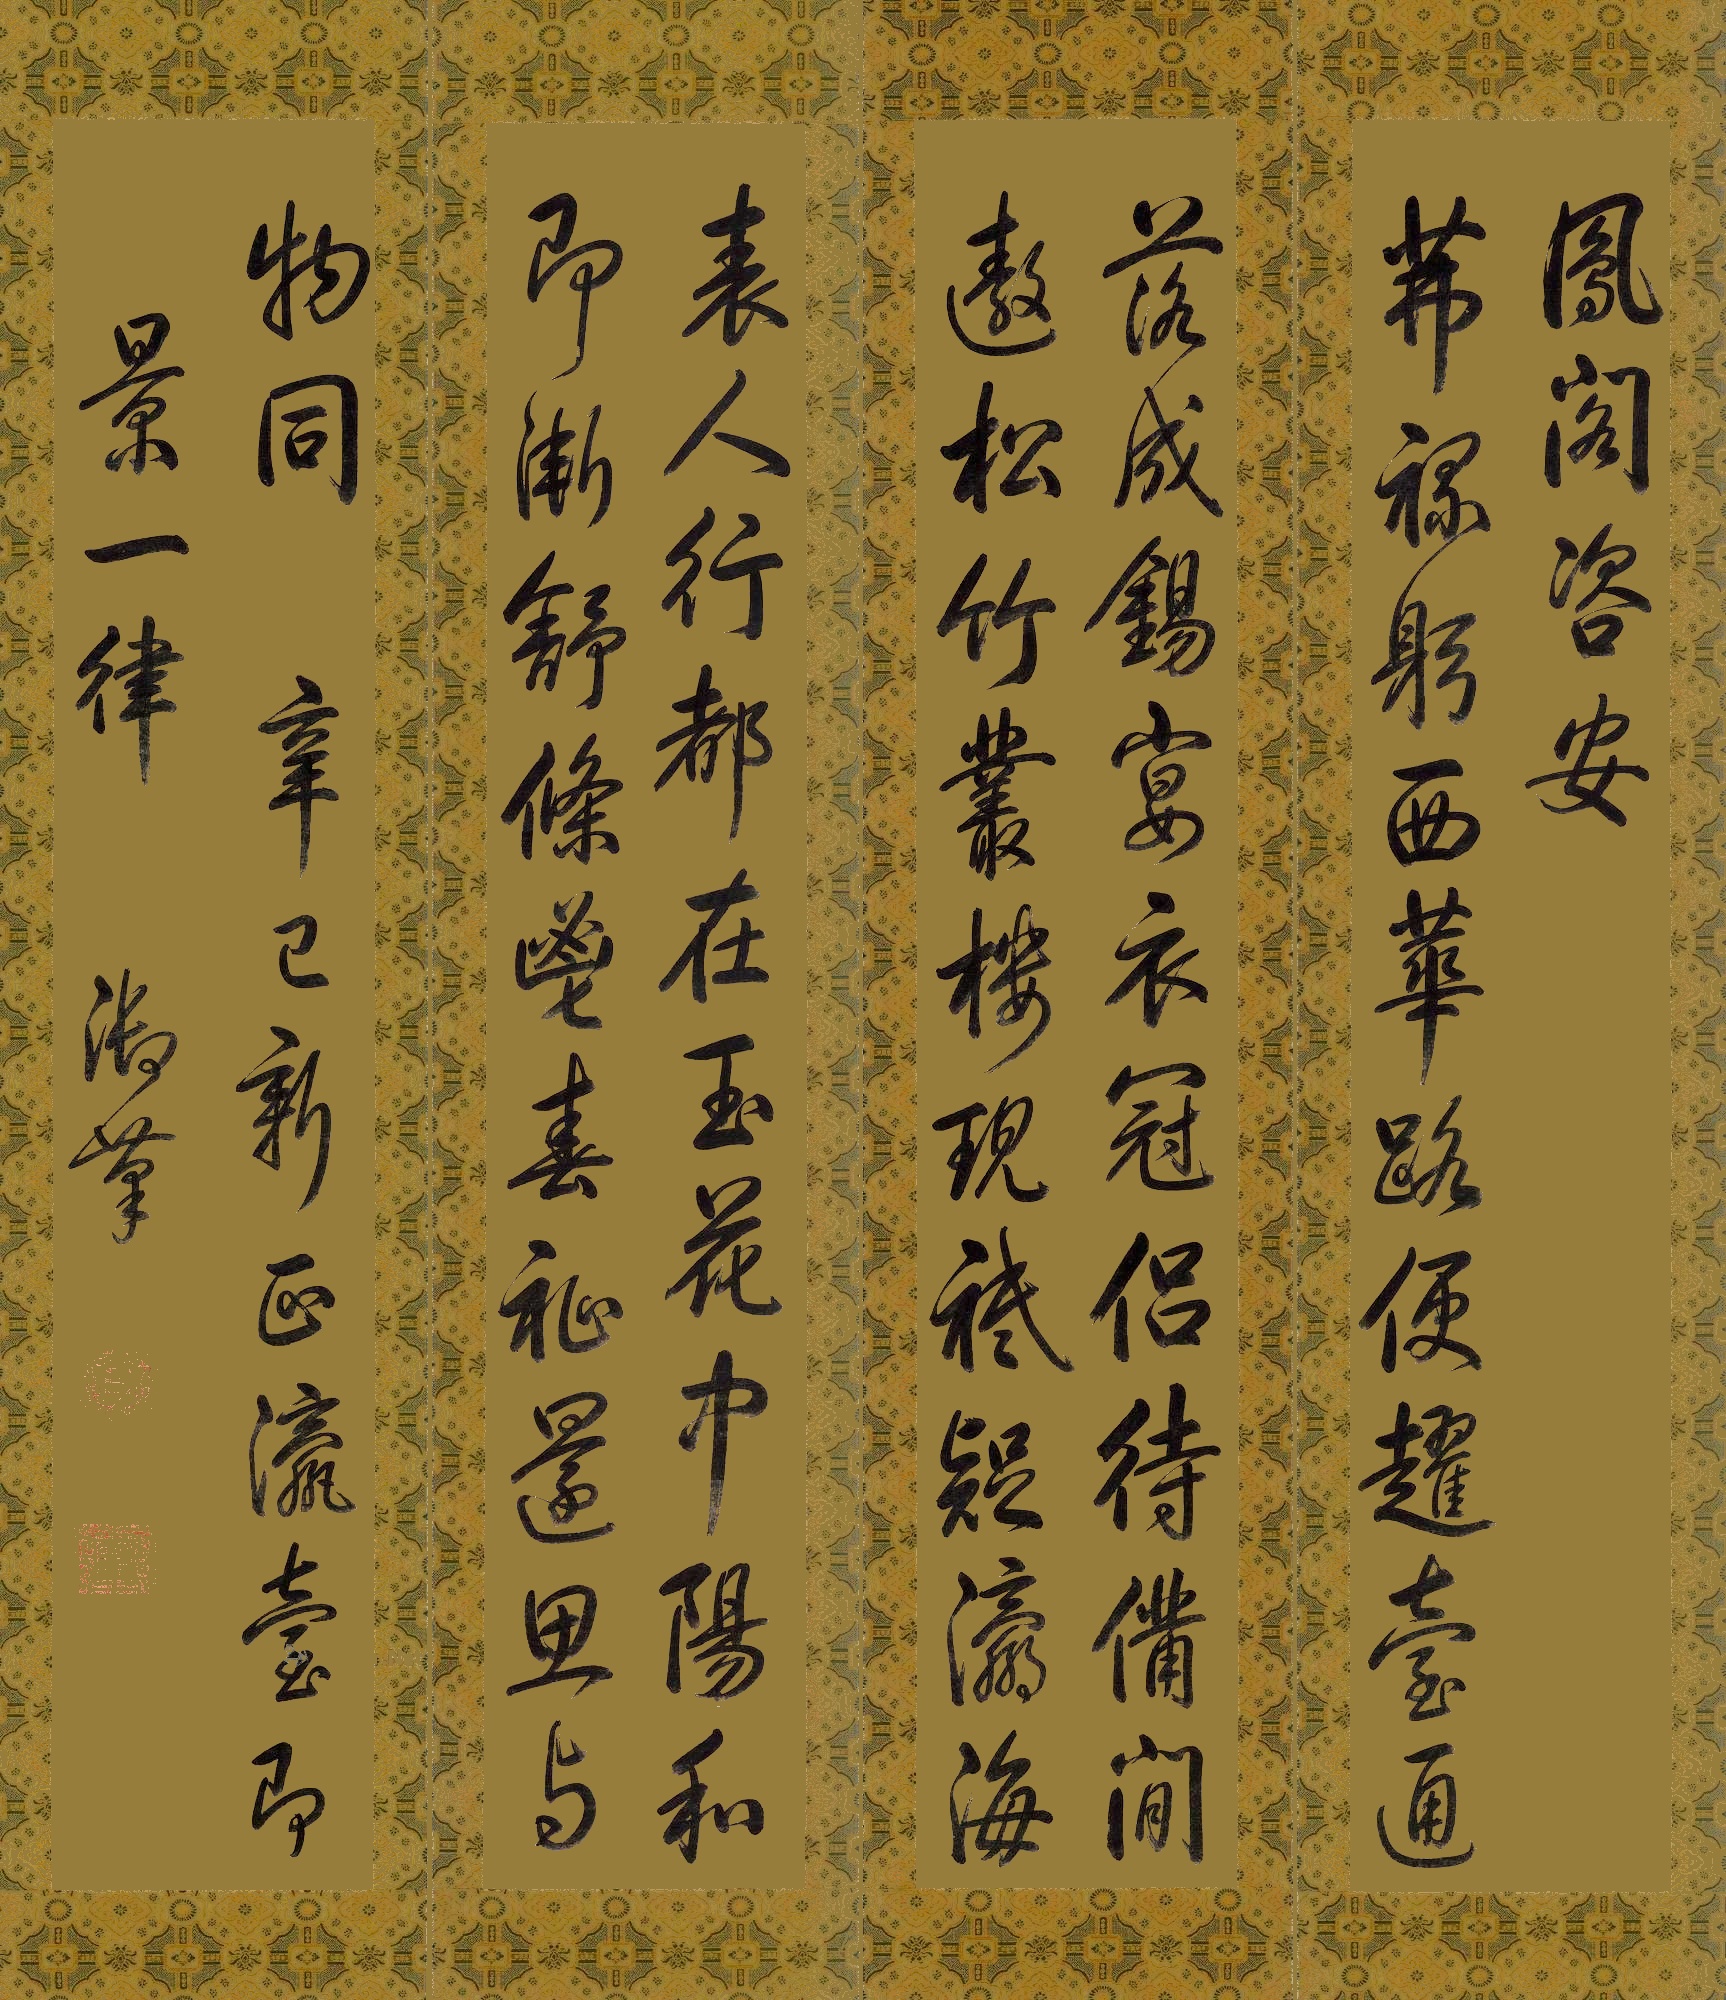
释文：凤阁咨安茀禄躬，西华路便趯台通。落成锡宴衣冠侣，待备闲遨松竹丛。楼现祗疑瀛海表，人行都在玉花中。阳和即渐舒条鬯，春祉还思与物同。辛巳新正，瀛台即景一律，御笔。